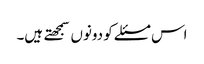
اس مسئلے کو دونوں سمجهتے ہیں۔